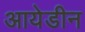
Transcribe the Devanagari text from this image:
आयेडीन